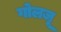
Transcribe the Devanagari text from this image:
गोलजू